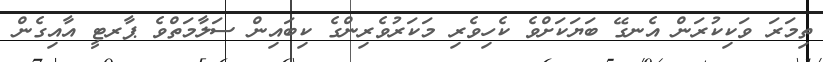
ތިމަރަ ވަކިކުރަން އެނގޭ ބަޔަކަށްވެ ކެހިވެރި މަކަރުވެރިންގެ ކިބައިން ސަލާމަތްވެ ޕާރޓީ އާއިގެން